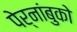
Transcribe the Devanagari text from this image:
पेर्नांबुको